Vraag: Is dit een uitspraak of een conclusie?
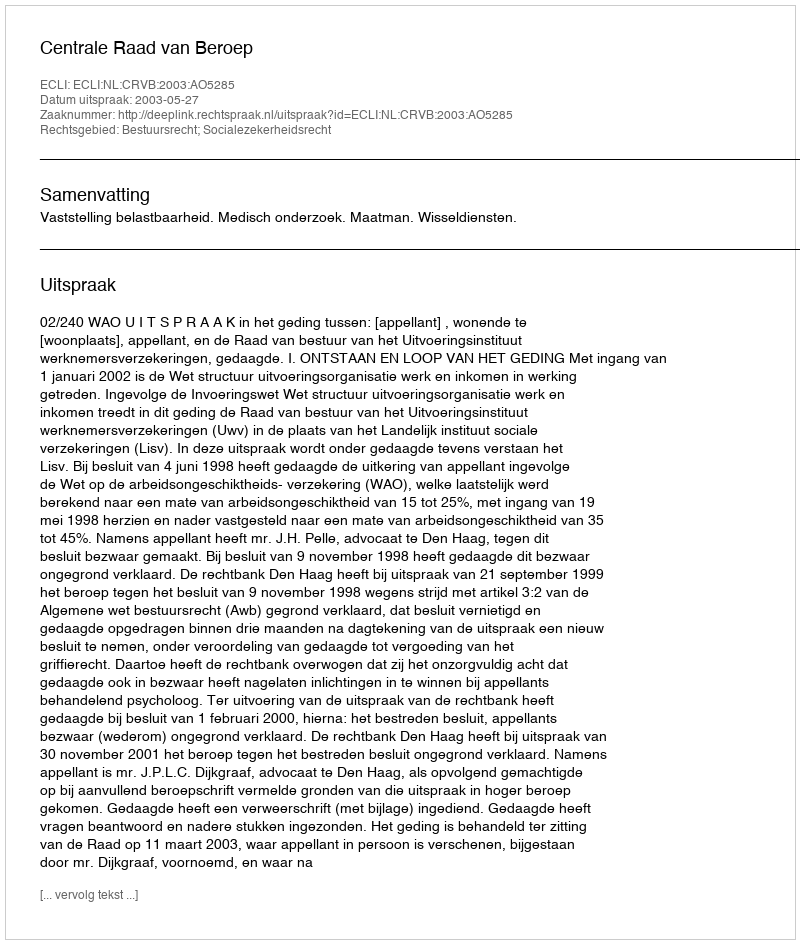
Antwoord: Uitspraak